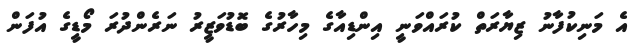
އެ މަނިކުފާނު ޒިޔާރަތް ކުރައްވަނީ އިންޑިއާގެ މިހާރުގެ ބޮޑުވަޒީރު ނަރެންދުރަ މޯޑީގެ އުފަން